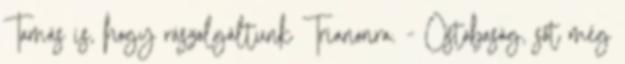
Tamás is, hogy rászolgáltunk Trianonra. - Ostobaság, sőt még